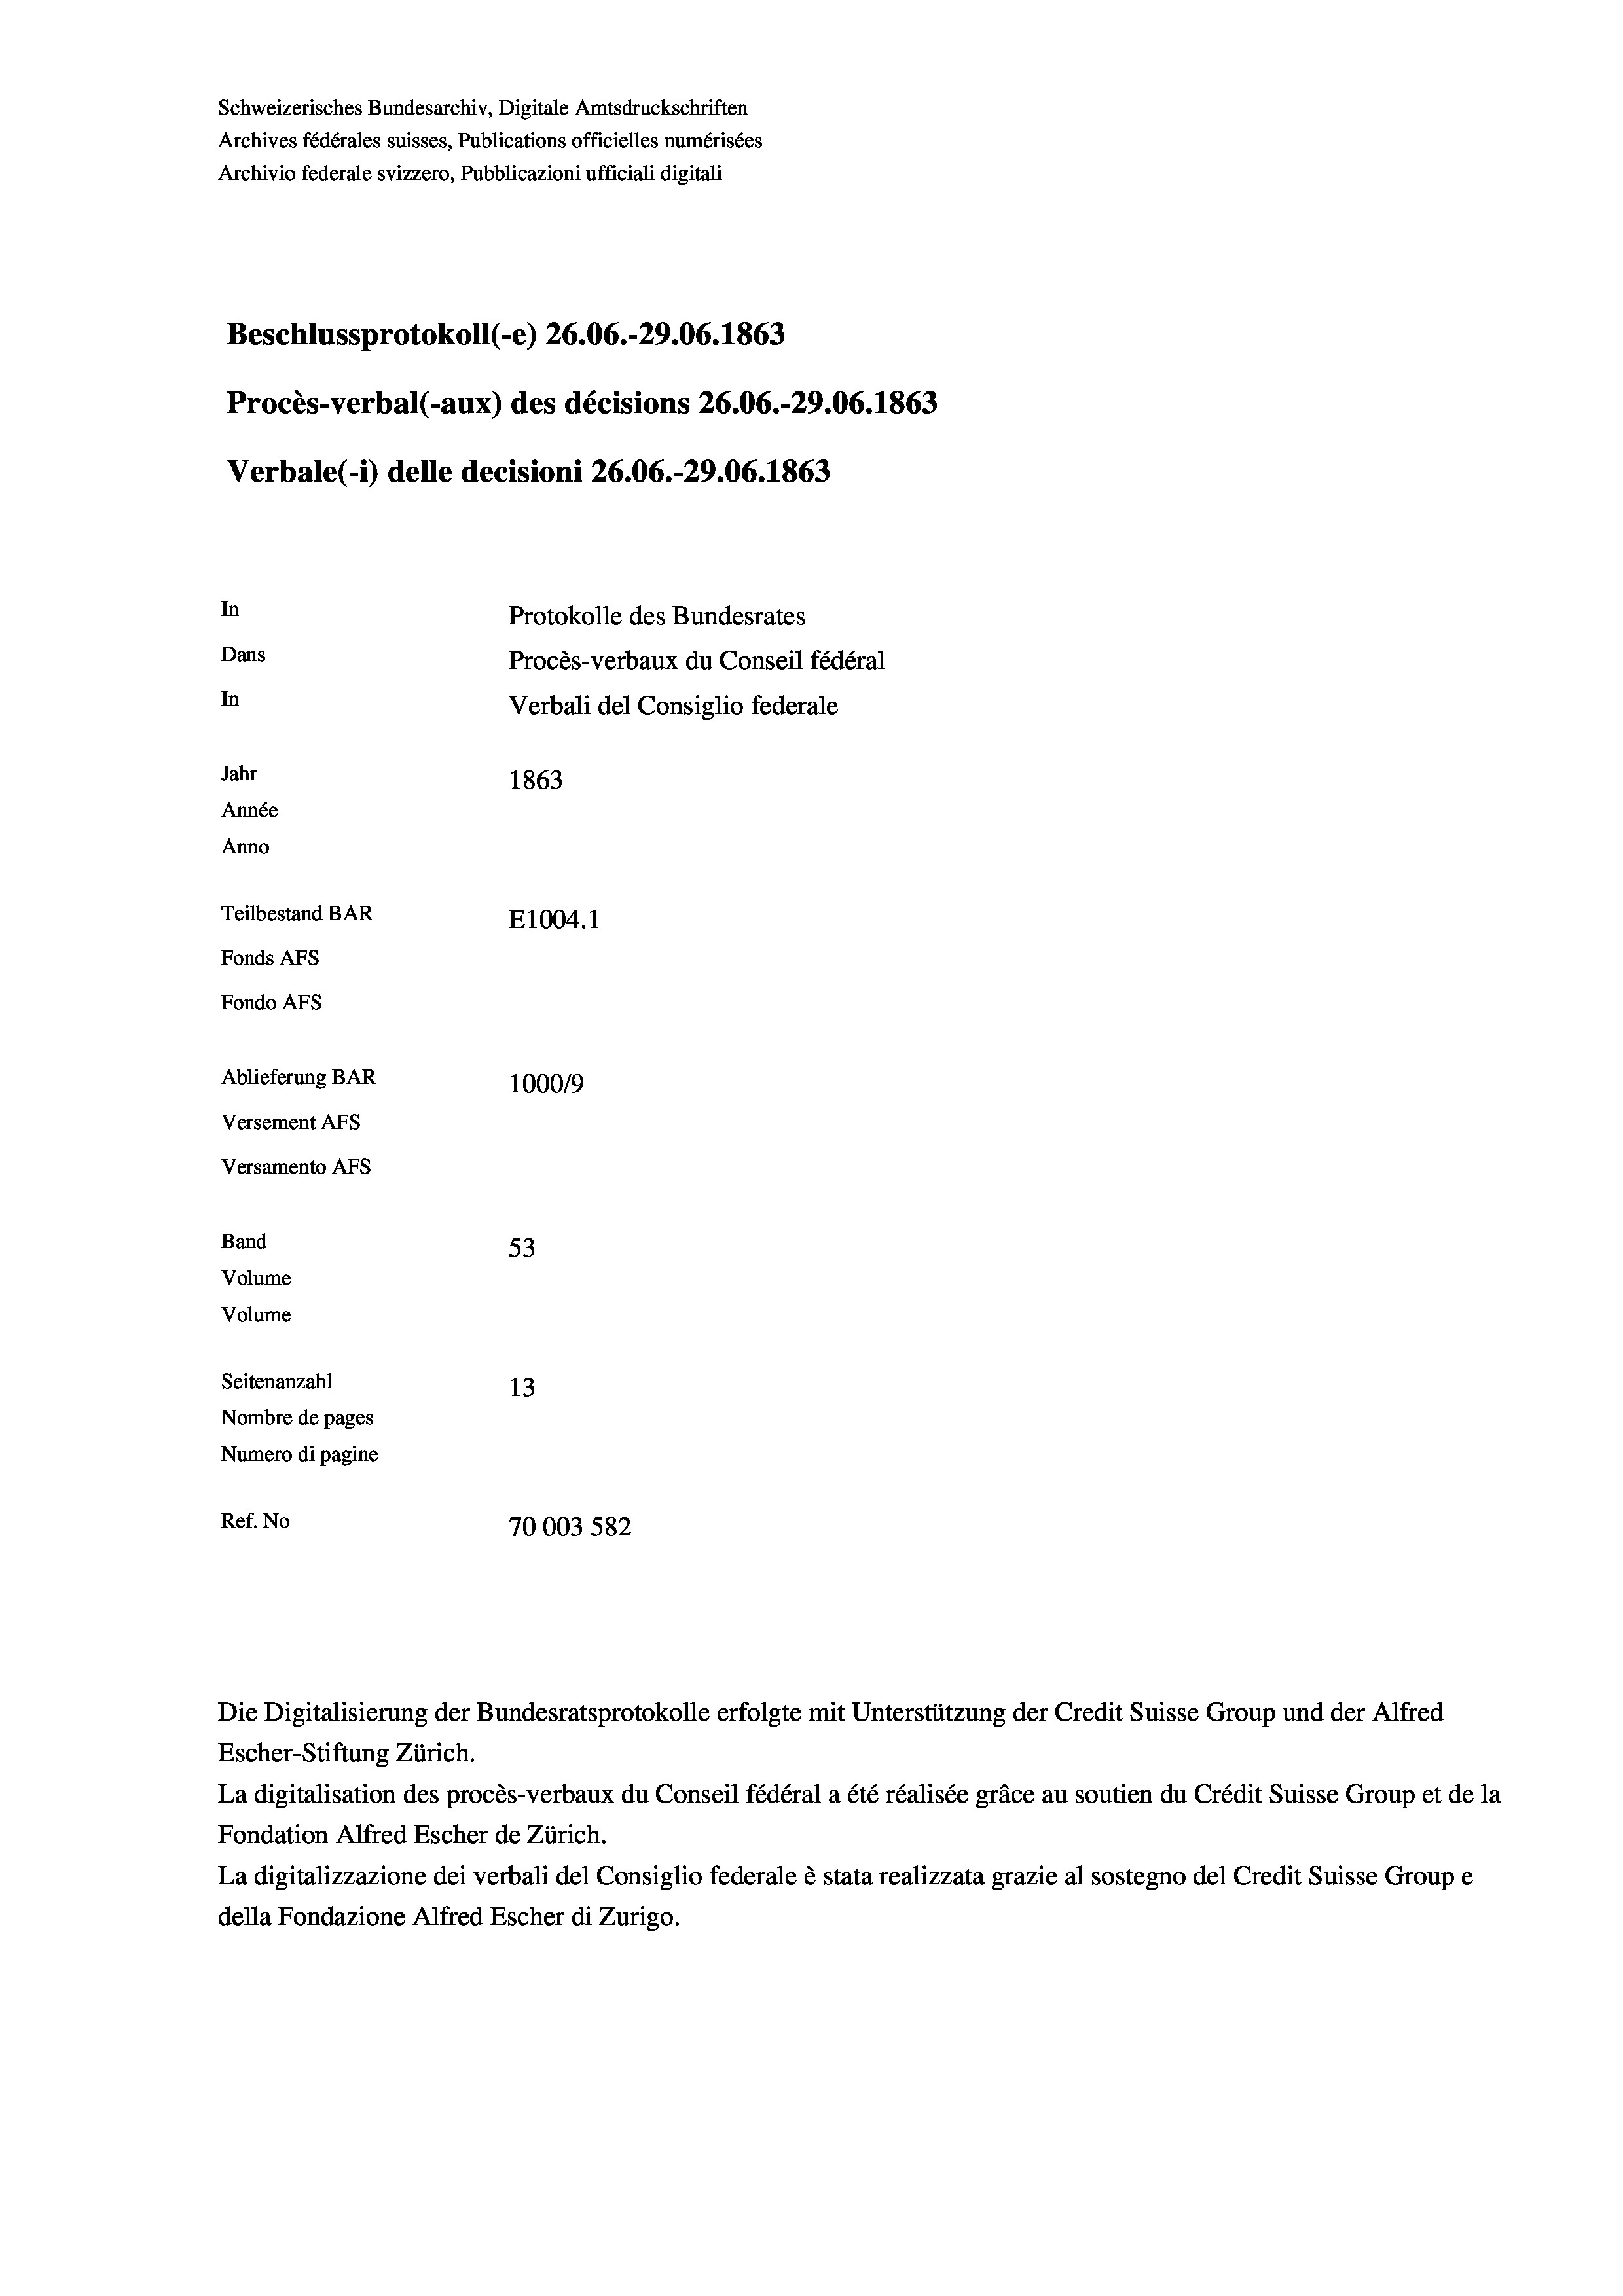
Beschlussprotokoll (-e) 26.06.-29.06. 1863
In
Protokolle des Bundesrates
Dans
Procès-verbaux du Conseil fédéral
In
Verbali del Consiglio federale
Jahr
1863
Année
Anno
Teilbestand BAR
E1004. 1
Fonds AFs
Fondo AFS
Ablieferung BAR
100019
Versement AFs
Versamento AFs

Band
Volume
Volume

Archives fédérales suisses, Publications officielles numérisées
Archivio federale svizzero, Pubblicazioni ufficiali digitali

Schweizerisches Bundesarchiv, Digitale Amtsdruckschriften

53
Seitenanzahl
13
Nombre de pages
Numero di pagine
Ref. No
70003 582

Escher-Stiftung Zürich.
La digitalisation des procès-verbaux du Conseil fédéral a été réalisée gräce au soutien du Crédit Suisse Group et de la
Fondation Alfred Escher de Zürich.
La digitalizzazione dei verbali del Consiglio federale è stata realizzata grazie al sostegno del Credit Suisse Groupe
della Fondazione Alfred Escher di Zurigo.

Procès-verbal (-aux) des décisions 26.06.-29.06. 1863

Verbale (- 1) delle decisioni 26.06.-29.06. 1863

Die Digitalisierung der Bundesratsprotokolle erfolgte mit Unterstützung der Credit Suisse Group und der Alfred